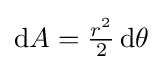
{\textstyle \mathrm {d} A={\frac {r^{2}}{2}}\,\mathrm {d} \theta }